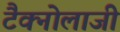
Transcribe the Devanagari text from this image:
टैक्नोलाजी